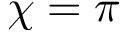
{ \chi = \pi }